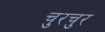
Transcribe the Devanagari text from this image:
चुरचुर